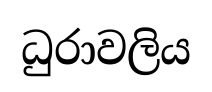
ධුරාවලිය